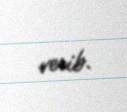
verib.